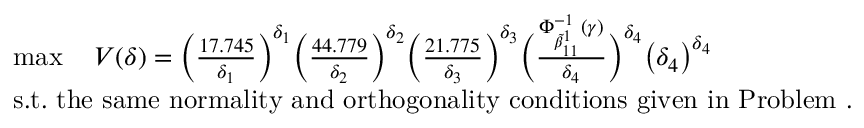
\begin{array} { r l } & { \operatorname* { m a x } \quad V ( \delta ) = \bigg ( \frac { 1 7 . 7 4 5 } { { \delta _ { 1 } } } \bigg ) ^ { { \delta _ { 1 } } } \bigg ( \frac { 4 4 . 7 7 9 } { { \delta _ { 2 } } } \bigg ) ^ { { \delta _ { 2 } } } \bigg ( \frac { 2 1 . 7 7 5 } { { \delta _ { 3 } } } \bigg ) ^ { { \delta _ { 3 } } } \bigg ( \frac { \Phi _ { \tilde { \beta } _ { 1 1 } ^ { 1 } } ^ { - 1 } ( \gamma ) } { { \delta _ { 4 } } } \bigg ) ^ { { \delta _ { 4 } } } \big ( \delta _ { 4 } \big ) ^ { \delta _ { 4 } } } \\ & { \mathrm { s . t . ~ t h e ~ s a m e ~ n o r m a l i t y ~ a n d ~ o r t h o g o n a l i t y ~ c o n d i t i o n s ~ g i v e n ~ i n ~ P r o b l e m ~ } . } \end{array}